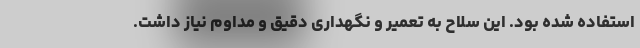
استفاده شده بود. این سلاح به تعمیر و نگهداری دقیق و مداوم نیاز داشت.